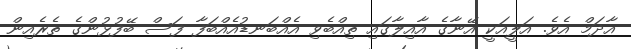
އާދަމް އެވެ. އަލީއަކީ އޭނާގެ އާއިލާގައި ތިއްބެވި އެއްބަނޑުއެއްބަފާ ފަސް ބޭފުޅުންގެ ތެރެއިން